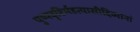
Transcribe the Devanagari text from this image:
पुष्पवृष्टिर्महत्यासीद्दिव्यानां